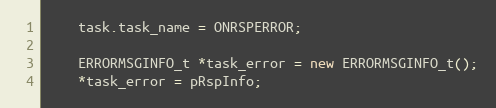
Language: C++
	task.task_name = ONRSPERROR;

	ERRORMSGINFO_t *task_error = new ERRORMSGINFO_t();
	*task_error = pRspInfo;